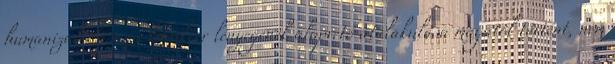
humanizálódása, a karakter lényegének alapvető átalakulása magától történt, nem